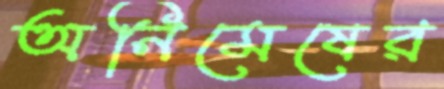
অনিমেষের